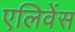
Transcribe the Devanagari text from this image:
एलिवेंस